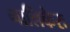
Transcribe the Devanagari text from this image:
नालिकेरः